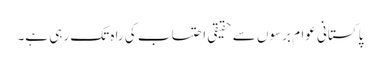
پاکستانی عوام برسوں سے حقیقی احتساب کی راہ تک رہی ہے۔